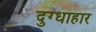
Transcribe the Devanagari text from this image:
दुग्धाहार